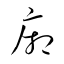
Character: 廂